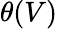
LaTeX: \theta(V)